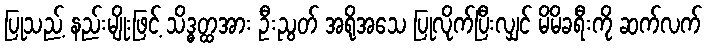
ပြုသည့် နည်းမျိုးဖြင့် သိဒ္ဓတ္ထအား ဦးညွတ် အရိုအသေ ပြုလိုက်ပြီးလျှင် မိမိခရီးကို ဆက်လက်